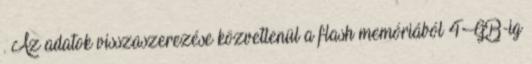
. Az adatok visszaszerezése közvetlenül a flash memóriából 4GB-ig